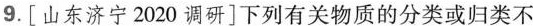
9.[山东济宁2020调研]下列有关物质的分类或归类不